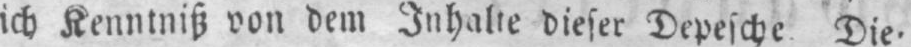
ich Kenntniß von dem Inhalte dieser Depesche. Die-